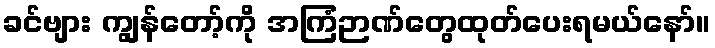
ခင်ဗျား ကျွန်တော့်ကို အကြံဉာဏ်တွေထုတ်ပေးရမယ်နော်။